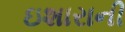
ઇશારાની